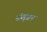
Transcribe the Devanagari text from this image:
संसृजन